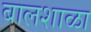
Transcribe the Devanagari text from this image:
बालशाळा